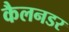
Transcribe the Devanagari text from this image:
कैलनडर